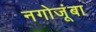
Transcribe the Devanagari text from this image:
नगोजूंबा